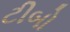
ટીબો